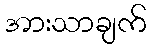
အားသာချက်